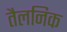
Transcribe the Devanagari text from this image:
तैलनिक